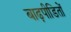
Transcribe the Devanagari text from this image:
बाढ़पीडितों